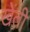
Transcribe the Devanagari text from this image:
खेंती